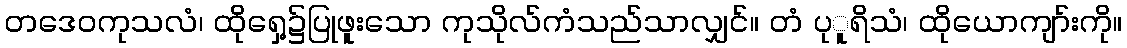
တဒေဝကုသလံ၊ ထိုရှေ့၌ပြုဖူးသော ကုသိုလ်ကံသည်သာလျှင်။ တံ ပုူရိသံ၊ ထိုယောကျာ်းကို။